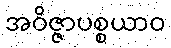
အဝိဇ္ဇာပစ္စယာဝ